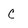
Character: c